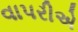
વાપરીએ